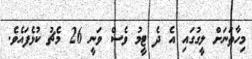
މިހާތަނަށް ލީގުގައި އެ ދެ ޓީމު ވެސް ވަނީ 26 މެޗު ކުޅެފައެވެ.